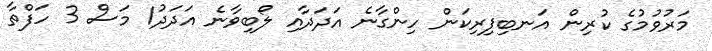
މަރުވުމުގެ ކުރިން އަނބިފިރިކަން ހިންގާނެ އަދަދާއި ލޯބިވާނެ އަދަދު1 މަސް 3 ހަފްތާ